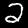
Digit: 2